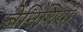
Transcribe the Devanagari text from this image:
बेनिशियो